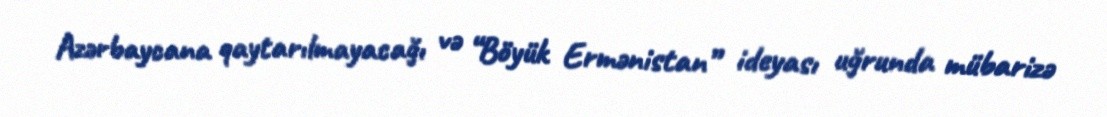
Azərbaycana qaytarılmayacağı və “Böyük Ermənistan” ideyası uğrunda mübarizə